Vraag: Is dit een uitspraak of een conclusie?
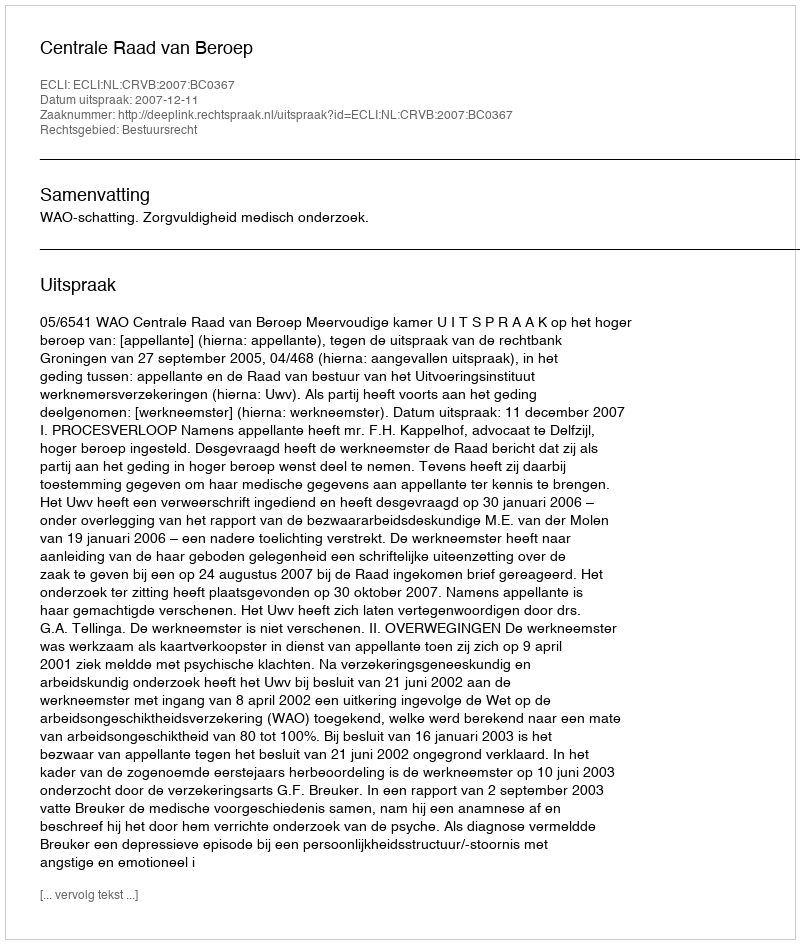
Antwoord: Uitspraak